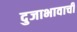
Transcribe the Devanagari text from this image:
दुजाभावाची